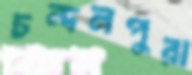
চন্দনপুরা